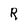
Character: R